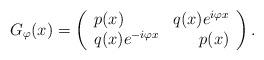
LaTeX: \begin{align*}G_{\varphi}(x) = \left(\begin{array}{lr}p(x) & q(x) e^{i \varphi x} \\ q(x) e^{-i \varphi x} & p(x) \end{array} \right).\end{align*}